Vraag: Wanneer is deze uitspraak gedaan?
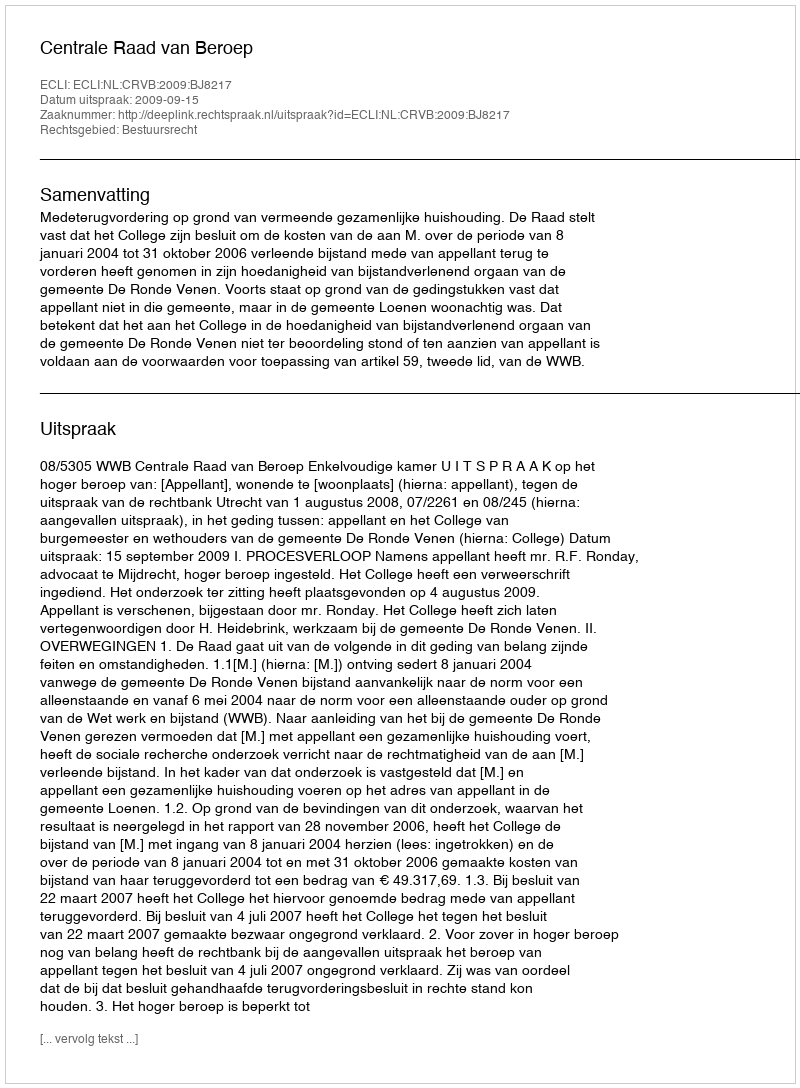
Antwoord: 2009-09-15